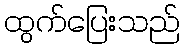
ထွက်ပြေးသည်